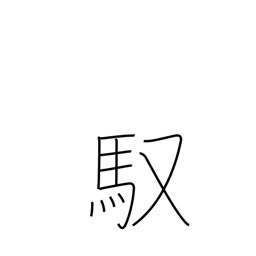
Meaning: driving (horse)